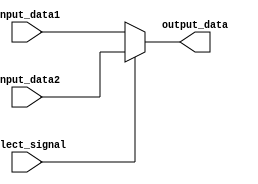
module my_32bit2to1_mux(input_data1, input_data2, output_data, select_signal);
   
    input [31:0] input_data1;
    input [31:0] input_data2;
    
    input select_signal;
    
    output [31:0] output_data;
    
    assign output_data = select_signal ? input_data2 : input_data1;
    
endmodule